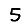
Digit: 5